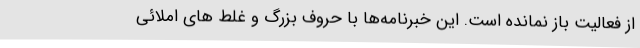
از فعالیت باز نمانده است. این خبرنامه‌ها با حروف بزرگ و غلط های املائی